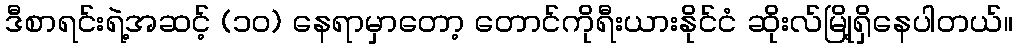
ဒီစာရင်းရဲ့အဆင့် (၁၀) နေရာမှာတော့ တောင်ကိုရီးယားနိုင်ငံ ဆိုးလ်မြို့ရှိနေပါတယ်။